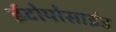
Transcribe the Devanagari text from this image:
ईटोपोसाईड